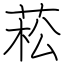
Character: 菘